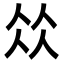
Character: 𠈌